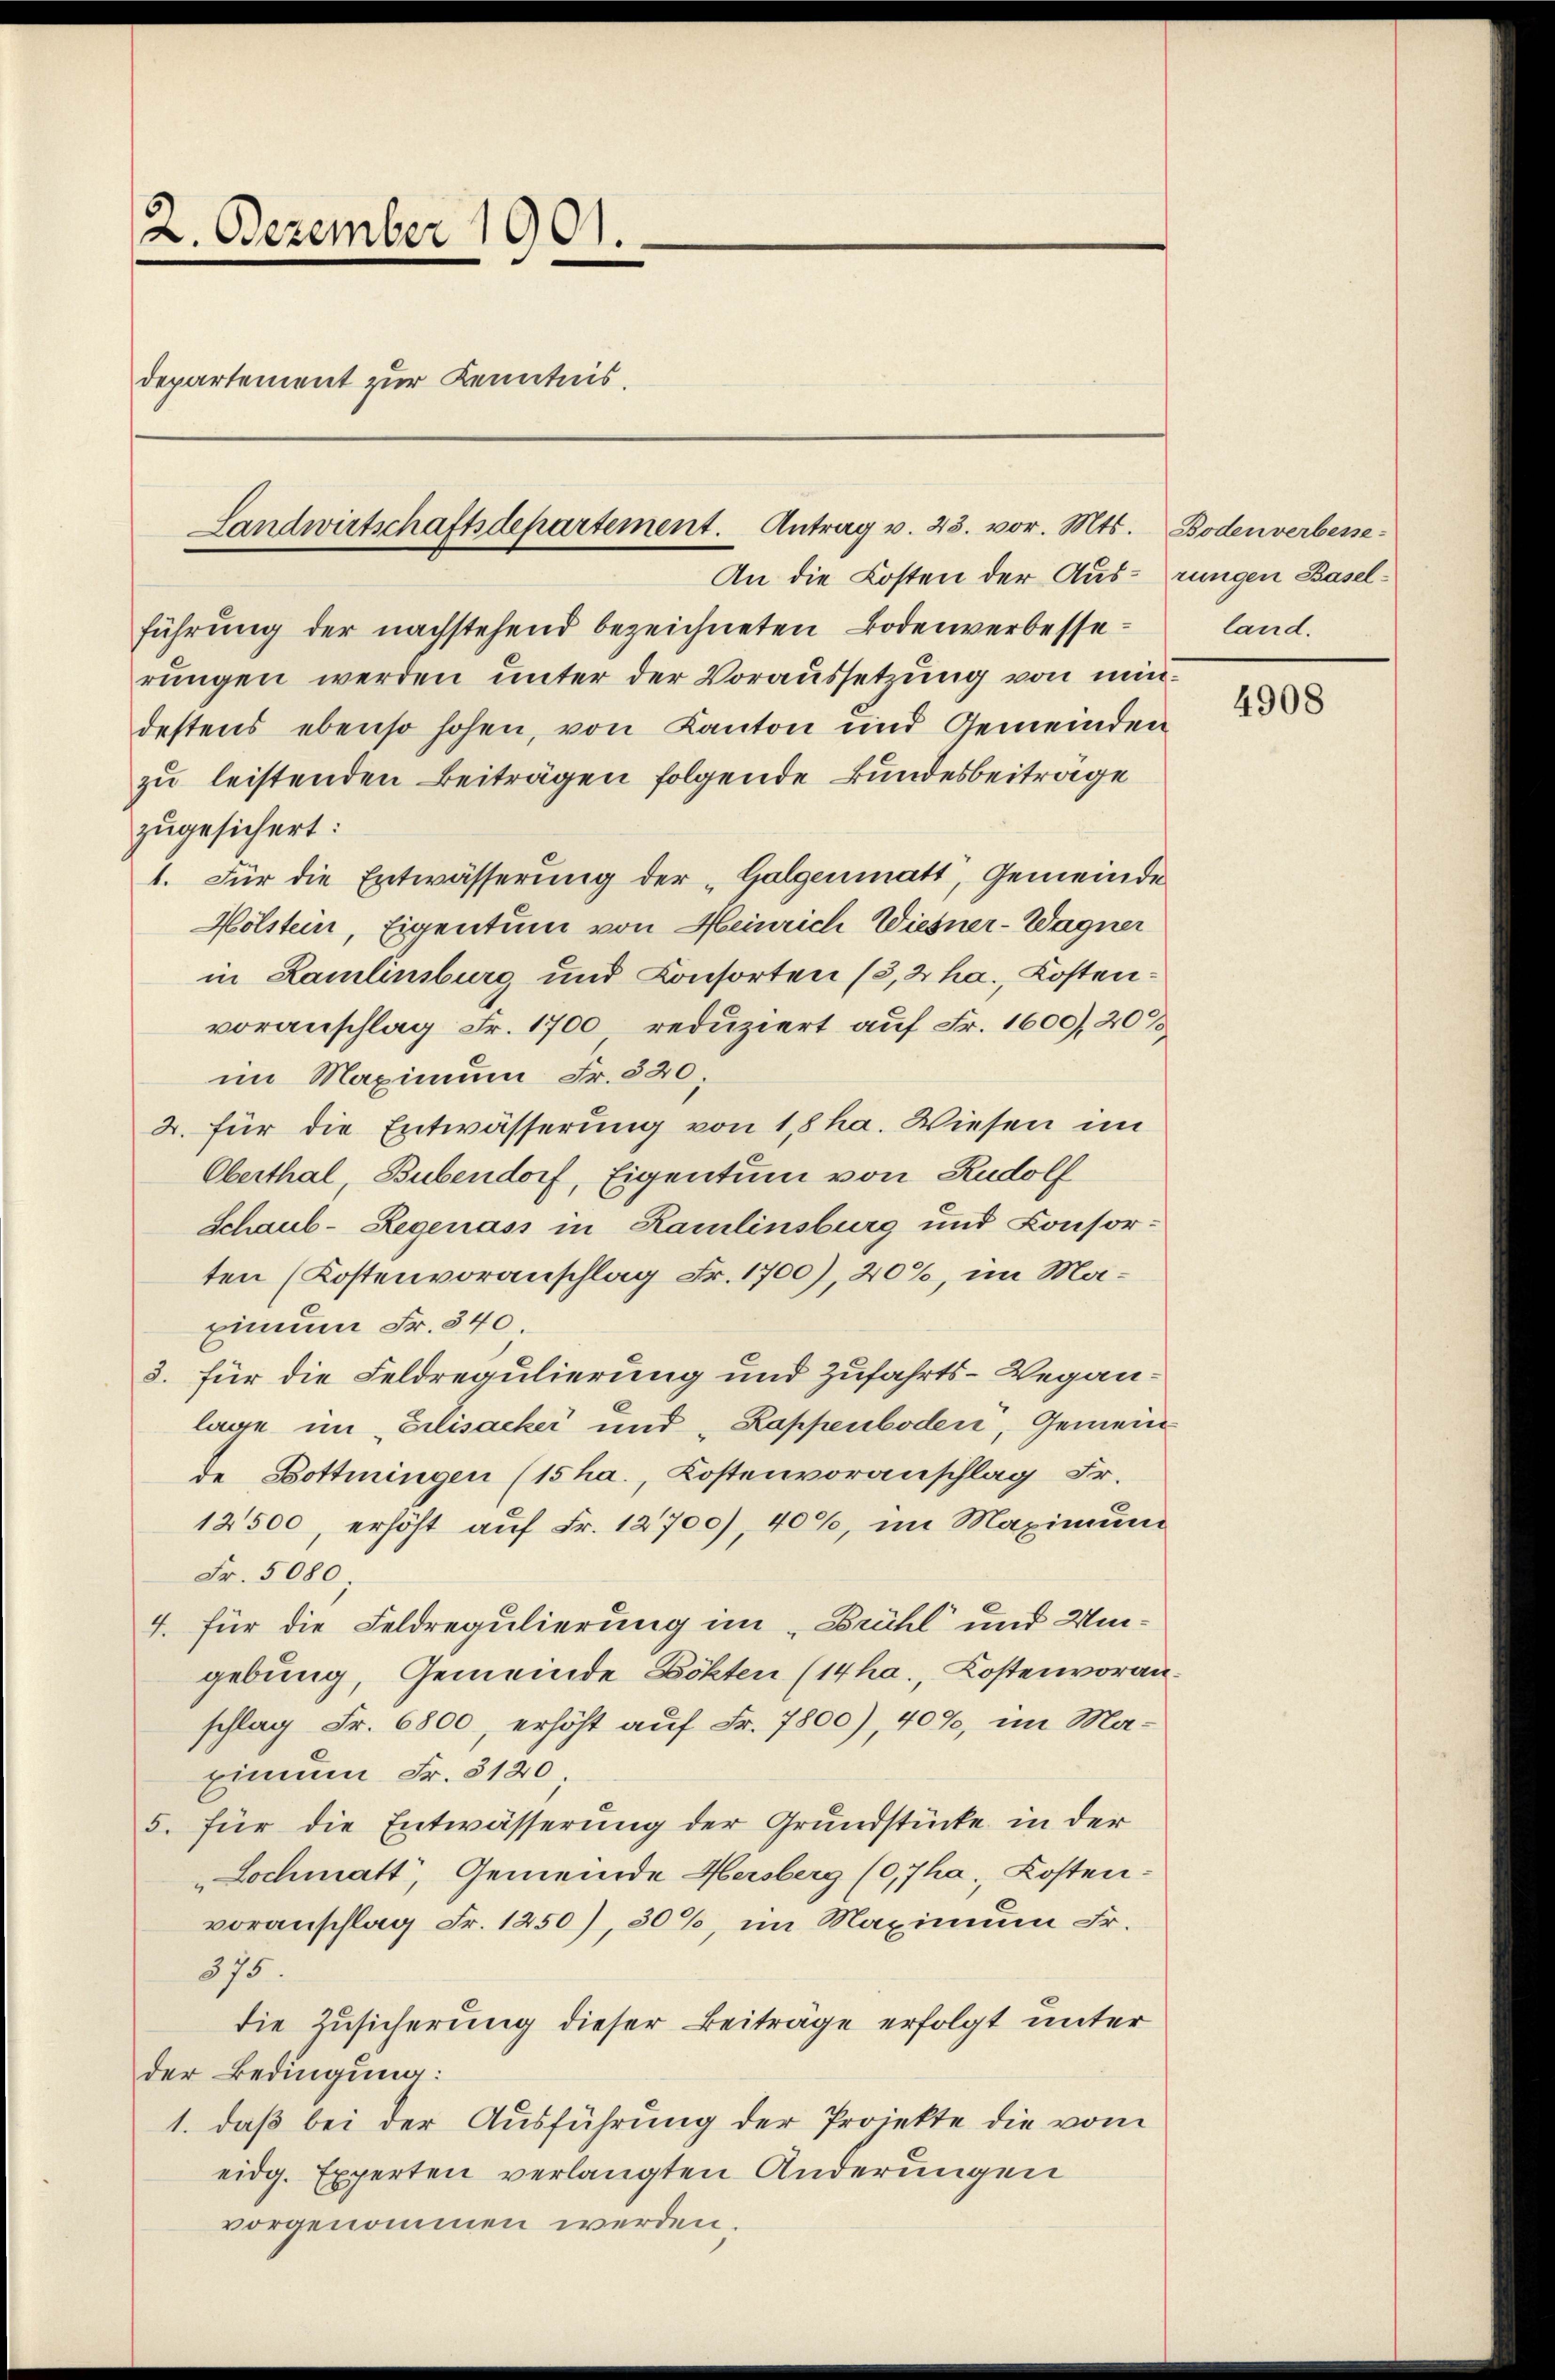
2. Dezember 1901.
Departement zur Kenntnis.

Landwirtschaftsdepartement. Antrag v. 23. vor. Mts. Bodenverbesse¬

An die Kosten der Aus-rungen Baselführung der nachstehend bezeichneten Bodenverbesserungen werden unter der Voraussetzung von mindestens ebenso hohen, von Kanton und Gemeinden
zu leistenden Beiträgen folgende Bundesbeiträge
zugesichert:
1. Für die Entwässerung der „Galgenmatt, Gemeinde
Hölstein, Eigentum von Meinrich Wiesner-Wagner
in Lamlinsburg und Consorten (3,2 ha., Kostenvoranschlag Fr. 1700 reduziert auf Fr. 1600, 20 %
im Maximum Fr. 320.
2. für die Entwässerung von 18 ha. Wiesen im
Oberthal, Bubendorf, Eigentum von Rudolf
Schaub-Regenass in Hamlinsburg und Consor-
ten (Kostenvoranschlag Fr. 1700), 20%, im Maxinum Fr. 340
3. für die Feldregulierung und Zufahrts-Weganlage im Elisacker und Kappenboden, Gemeinde Bottiningen (15 ha., Kostenvoranschlag Fr.
12500, erhöht auf Fr. 12700), 40%, im Maximund
Fr. 5080
4. für die Feldregulierung im „Brühl und Umgebung, Gemeinde Dokten (14ha., Kostenvoranschlag Fr. 6800, erhöht auf Fr. 7800), 40%, im Maxinum Fr. 3120;
5. für die Entwässerung der Grundstücke in der
Lochmatt, Gemeinde Hersberg (0,7ha Kosten-
voranschlag Fr. 1250), 30%, im Maximum Fr.
375.
die Zusicherung dieser Beiträge erfolgt unter
der Bedingung:
1. daß bei der Ausführung der Projekte die vom
eidg. Experten verlangten Änderungen
vorgenommen werden.

land.

4908